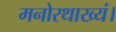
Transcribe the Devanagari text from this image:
मनोरथाख्यं।